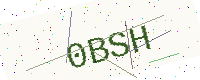
Text: 0BSH